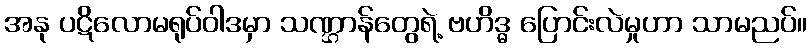
အနု ပဋိလောမရုပ်ဝါဒမှာ သဏ္ဌာန်တွေရဲ့ ဗဟိဒ္ဓ ပြောင်းလဲမှုဟာ သာမညပ်။